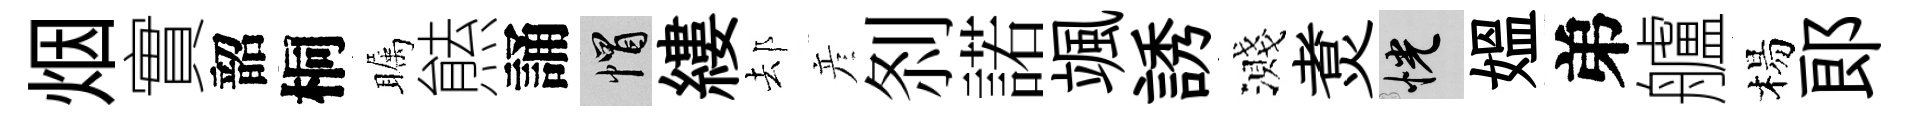
烟實韶桐瞩㷱誦帽縷𨚫彦𠛴諾颯誘濺煑恍媪弟艫楊郎